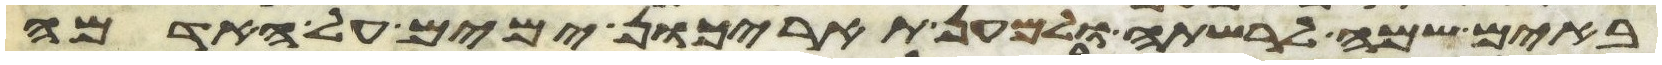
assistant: באים שמה לרשתה ולמען תאריכון ימים על האדמה